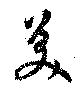
美